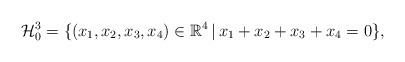
\begin{align*}\mathcal H_0^3 = \{ (x_1, x_2, x_3, x_4) \in \mathbb R^4 \, | \, x_1 + x_2 + x_3 + x_4 = 0 \},\end{align*}